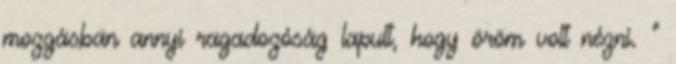
mozgásban annyi ragadozóság lapult, hogy öröm volt nézni. ”